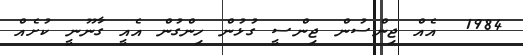
1984  އެއް ޖިންސުން ޖިންސީ ގުޅުން ހިންގުން އެއީ ގާނޫނީ ކުށެއް